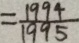
= \frac { 1 9 9 4 } { 1 9 9 5 }